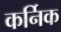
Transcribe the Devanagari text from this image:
कर्निक